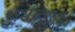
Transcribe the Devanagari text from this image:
धर्मच्छल